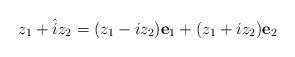
LaTeX: \begin{align*} z_1 +\hat{i}z_2 = (z_1 -iz_2 )\textbf{e}_1 + (z_1 +iz_2 )\textbf{e}_2 \end{align*}